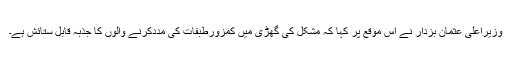
وزیراعلیٰ عثمان بزدار نے اس موقع پر کہا کہ مشکل کی گھڑی میں کمزورطبقات کی مددکرنے والوں کا جذبہ قابل ستائش ہے۔